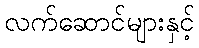
လက်ဆောင်များနှင့်